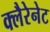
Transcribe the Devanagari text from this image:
क्लैरेनेट